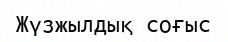
Жүзжылдық соғыс